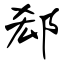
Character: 郄